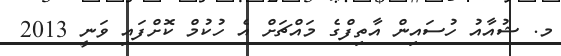
މ. ޝުއާއު ހުސައިން އާތިފްގެ މައްޗަށް އެ ހުކުމް ކޮށްފައި ވަނީ 2013